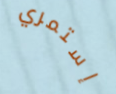
إستمري